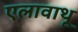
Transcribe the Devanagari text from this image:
एलावाथू